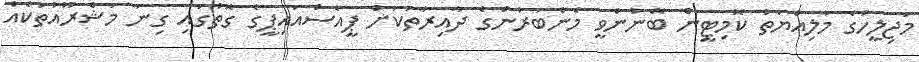
މަޖިލީހުގެ މާލިއްޔަތު ކޮމިޓީން ބޭނުންވީ މެންބަރުންގެ ދާއިރާތަކަށް ޕީއެސްއައިޕީގެ ގޮތުގައި ގިނަ މަޝްރޫއުތަކެއް